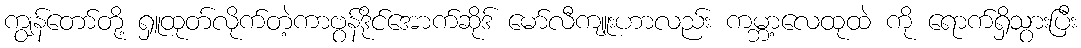
ကျွန်တော်တို့ ရှူထုတ်လိုက်တဲ့ကာဗွန်ဒိုင်အောက်ဆိုဒ် မော်လီကျူးဟာလည်း ကမ္ဘာ့လေထုထဲ ကို ရောက်ရှိသွားပြီး